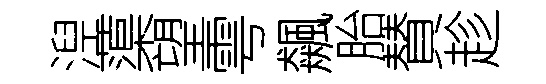
湼蕖望雩飆胎賛趁